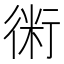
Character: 𧗱